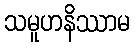
သမူဟနိဿာမ